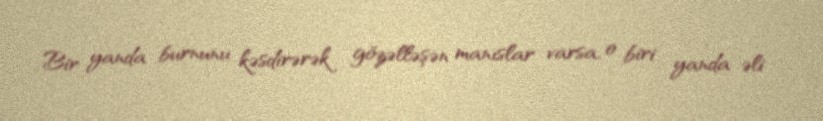
Bir yanda burnunu kəsdirərək gözəlləşən manıslar varsa, o biri yanda əli